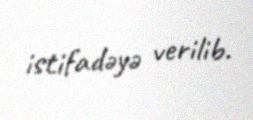
istifadəyə verilib.